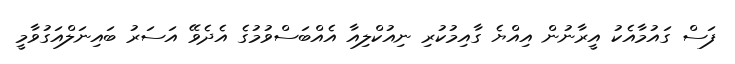
ފަސް ގައުމާއެކު އީރާނުން އިއްޔެ ގާއިމުކުރި ނިއުކްލިއާ އެއްބަސްވުމުގެ އެދެވޭ އަސަރު ބައިނަލްއަގުވާމީ